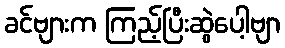
ခင်ဗျားက ကြည့်ပြီးဆွဲပေါ့ဗျာ